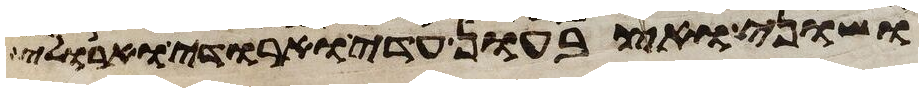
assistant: ושוני ואצבעון עדי וארודי וארולי